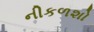
નીકળશો